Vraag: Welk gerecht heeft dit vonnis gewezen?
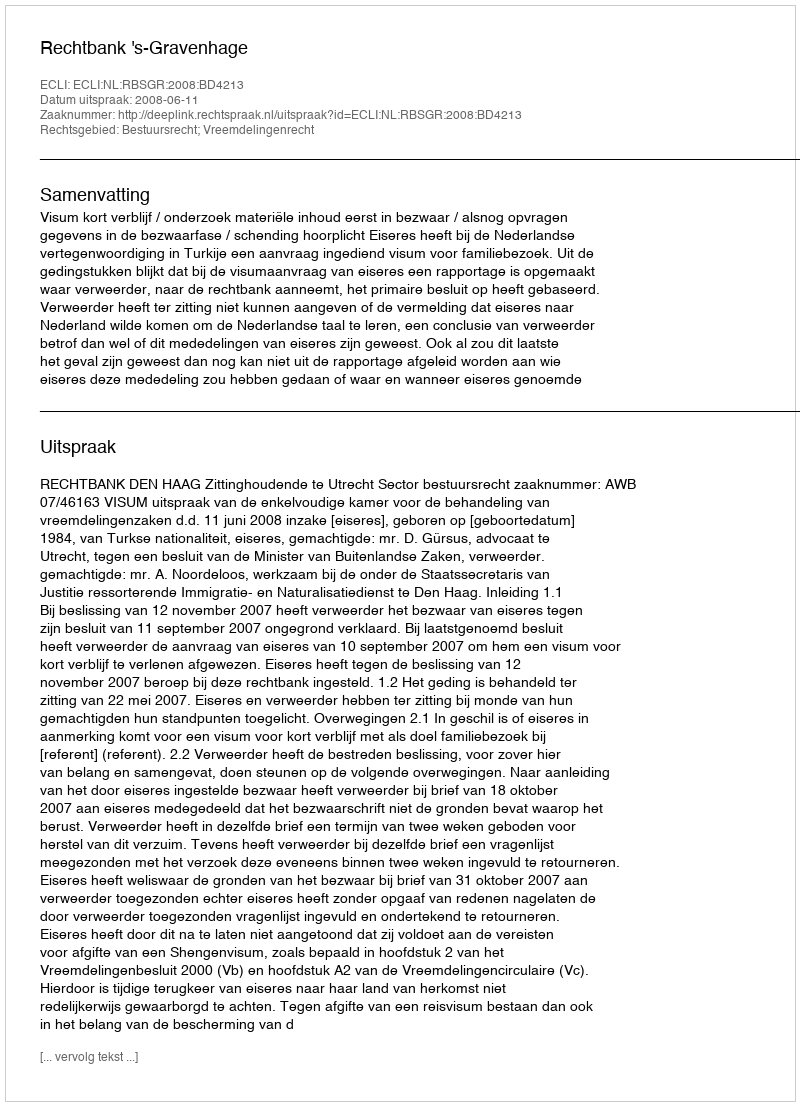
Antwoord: Rechtbank 's-Gravenhage